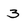
Character: 3